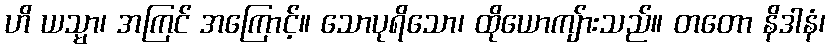
ဟိ ယသ္မာ၊ အကြင် အကြောင့်။ သောပုရိသော၊ ထိုယောကျ်ားသည်။ တတော နိဒါနံ၊